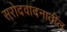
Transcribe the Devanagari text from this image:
सरोदवादनातील